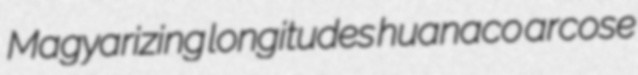
Magyarizing longitudes huanaco arcose